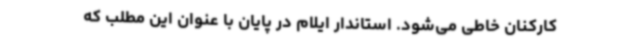
کارکنان خاطی می‌شود. استاندار ایلام در پایان با عنوان این مطلب که